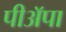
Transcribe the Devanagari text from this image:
पीअॅपा